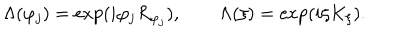
\Lambda ( \varphi _ { j } ) = \exp ( i \varphi _ { j } R _ { \varphi _ { j } } ) , \qquad \Lambda ( \xi ) = \exp ( i \xi K _ { \xi } ) .